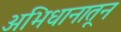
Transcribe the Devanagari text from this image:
अभिधानातून